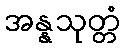
အန္နသုတ္တံ